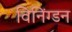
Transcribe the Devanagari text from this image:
विनिंग्डन